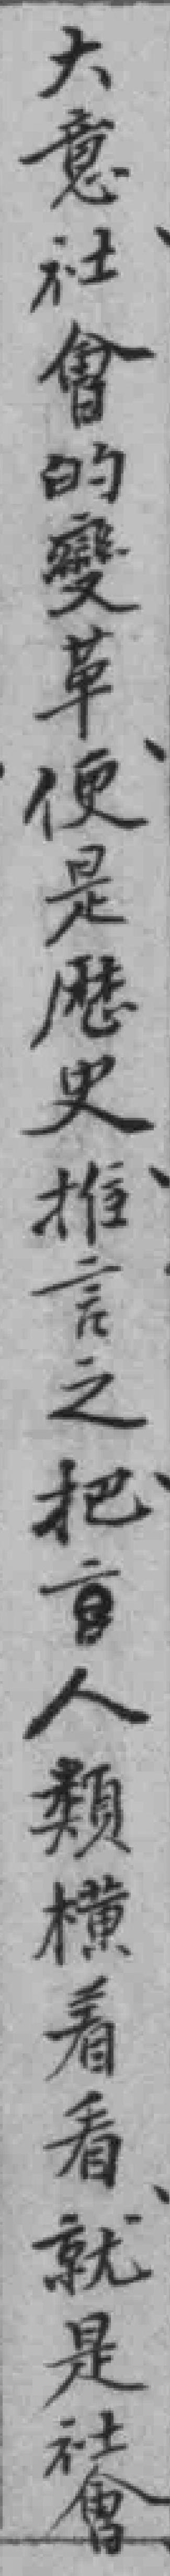
大意社會的變革便是歷史推言之把*人類橫着看就是社會